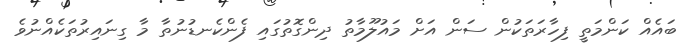
ބައެއް ކަންމަތީ ފިހާރަތަކުން ސަން އަށް މައުލޫމާތު ދިންގޮތުގައި ފެންކެނޑުނުތާ މާ ގިނައިރުތަކެއްނުވެ